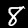
Digit: 8